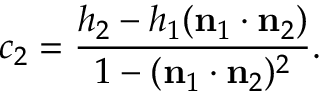
c _ { 2 } = { \frac { h _ { 2 } - h _ { 1 } ( \mathbf { n } _ { 1 } \cdot \mathbf { n } _ { 2 } ) } { 1 - ( \mathbf { n } _ { 1 } \cdot \mathbf { n } _ { 2 } ) ^ { 2 } } } .